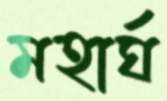
মহার্ঘ